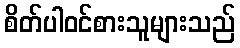
စိတ်ပါဝင်စားသူများသည်